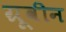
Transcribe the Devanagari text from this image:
ग्रूवीन